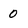
Character: 0